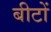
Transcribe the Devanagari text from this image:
बीटों